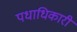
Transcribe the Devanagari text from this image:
पधाधिकारी